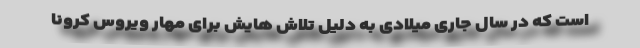
است که در سال جاری میلادی به دلیل تلاش هایش برای مهار ویروس کرونا